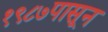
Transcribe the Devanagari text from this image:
१९८७पासून